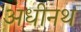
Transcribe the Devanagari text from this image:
अधीनथ